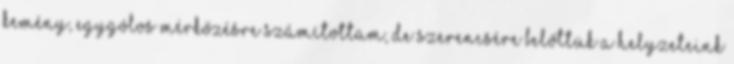
kemény, egygólos mérkőzésre számítottam, de szerencsére belőttük a helyzeteink